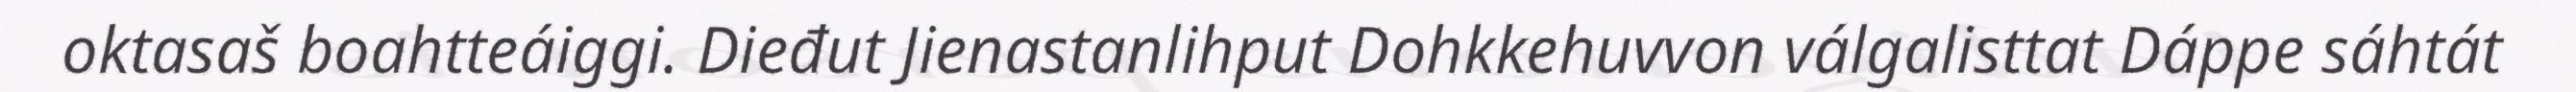
oktasaš boahtteáiggi. Dieđut Jienastanlihput Dohkkehuvvon válgalisttat Dáppe sáhtát